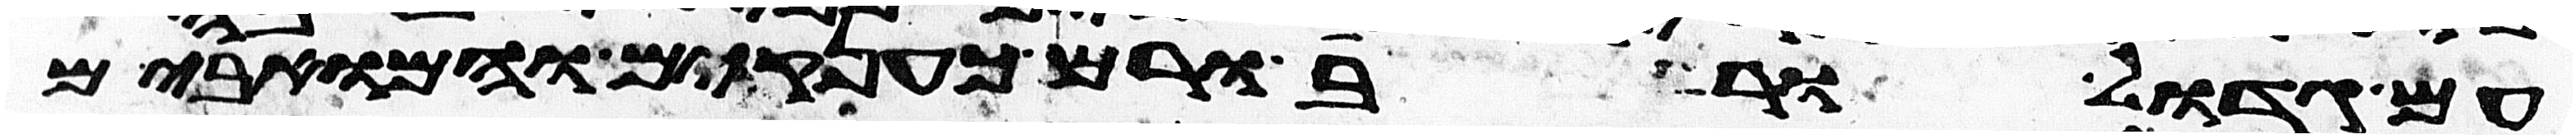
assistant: עם גדול ורב ורם כענקים והמואבים